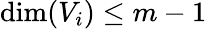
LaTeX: \mathrm{dim}(V_{i})\le m-1